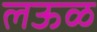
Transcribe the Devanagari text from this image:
लऊळ